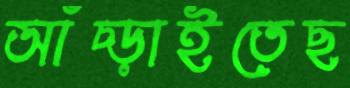
আঁচ্‌ড়াইতেছ